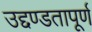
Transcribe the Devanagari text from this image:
उद्दण्डतापूर्ण